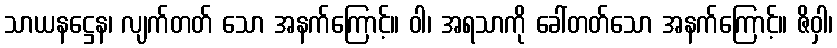
သာယနဋ္ဌေန၊ လျက်တတ် သော အနက်ကြောင့်။ ဝါ၊ အရသာကို ခေါ်တတ်သော အနက်ကြောင့်။ ဇိဝှါ၊